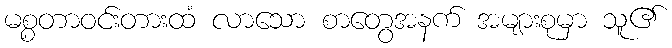
မစ္စတာဝင်းတားထံ လာသော စာတွေအနက် အများစုမှာ သူ၏